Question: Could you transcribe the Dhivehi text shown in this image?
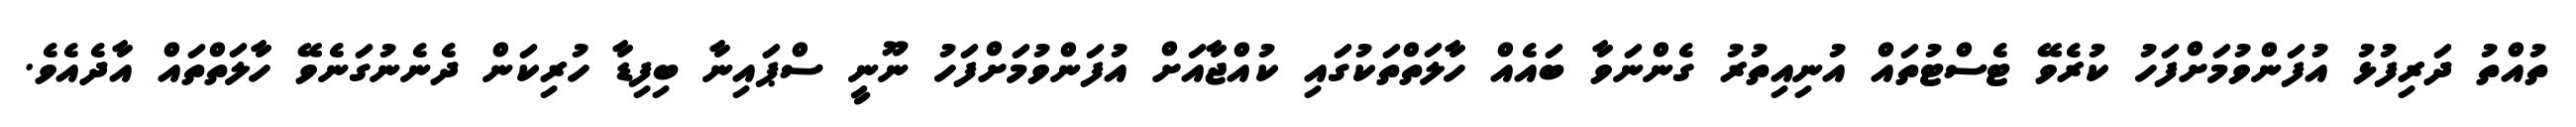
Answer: ތުއްތު ދަރިފުޅު އުފަންވުމަށްފަހު ކުރެވޭ ޓެސްޓުތައް އުނިއިތުރު ގެންނަވާ ބައެއް ހާލަތްތަކުގައި ކުއްޖާއަށް އުފަންވުމަށްފަހު ނޫނީ ސްޕައިނާ ބިފިޑާ ހުރިކަން ދެނެނުގަނެވޭ ހާލަތްތައް އާދެއެވެ.